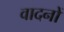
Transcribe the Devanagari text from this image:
वादनों